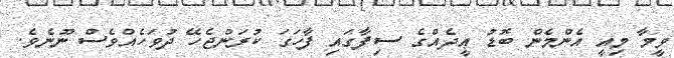
ވީމާ މިއީ އެންމެން ބޮޑު ޢީދެއްގެ ސިފާގައި ފާހަގަ ކުރަންޖެހޭ ދުވަހެއްވެސް ނޫނެވެ.